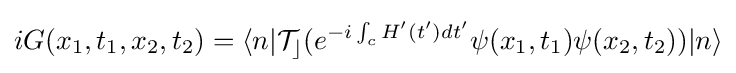
{\begin{aligned}iG(x_{1},t_{1},x_{2},t_{2})=\langle n|{\mathcal {T_{c}}}(e^{-i\int _{c}H'(t')dt'}\psi (x_{1},t_{1})\psi (x_{2},t_{2}))|n\rangle \end{aligned}}